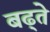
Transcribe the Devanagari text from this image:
बढ्ते